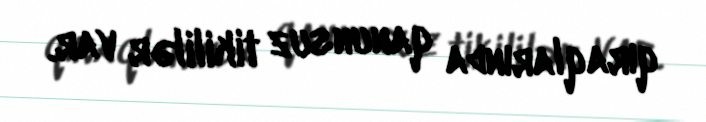
qıraqlarında qanunsuz tikililər var.